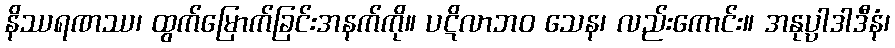
နိဿရဏဿ၊ ထွက်မြောက်ခြင်းအနက်ကို။ ပဋိလာဘဝ သေန၊ လည်းကောင်း။ အနုပ္ပါဒါဒီနံ၊